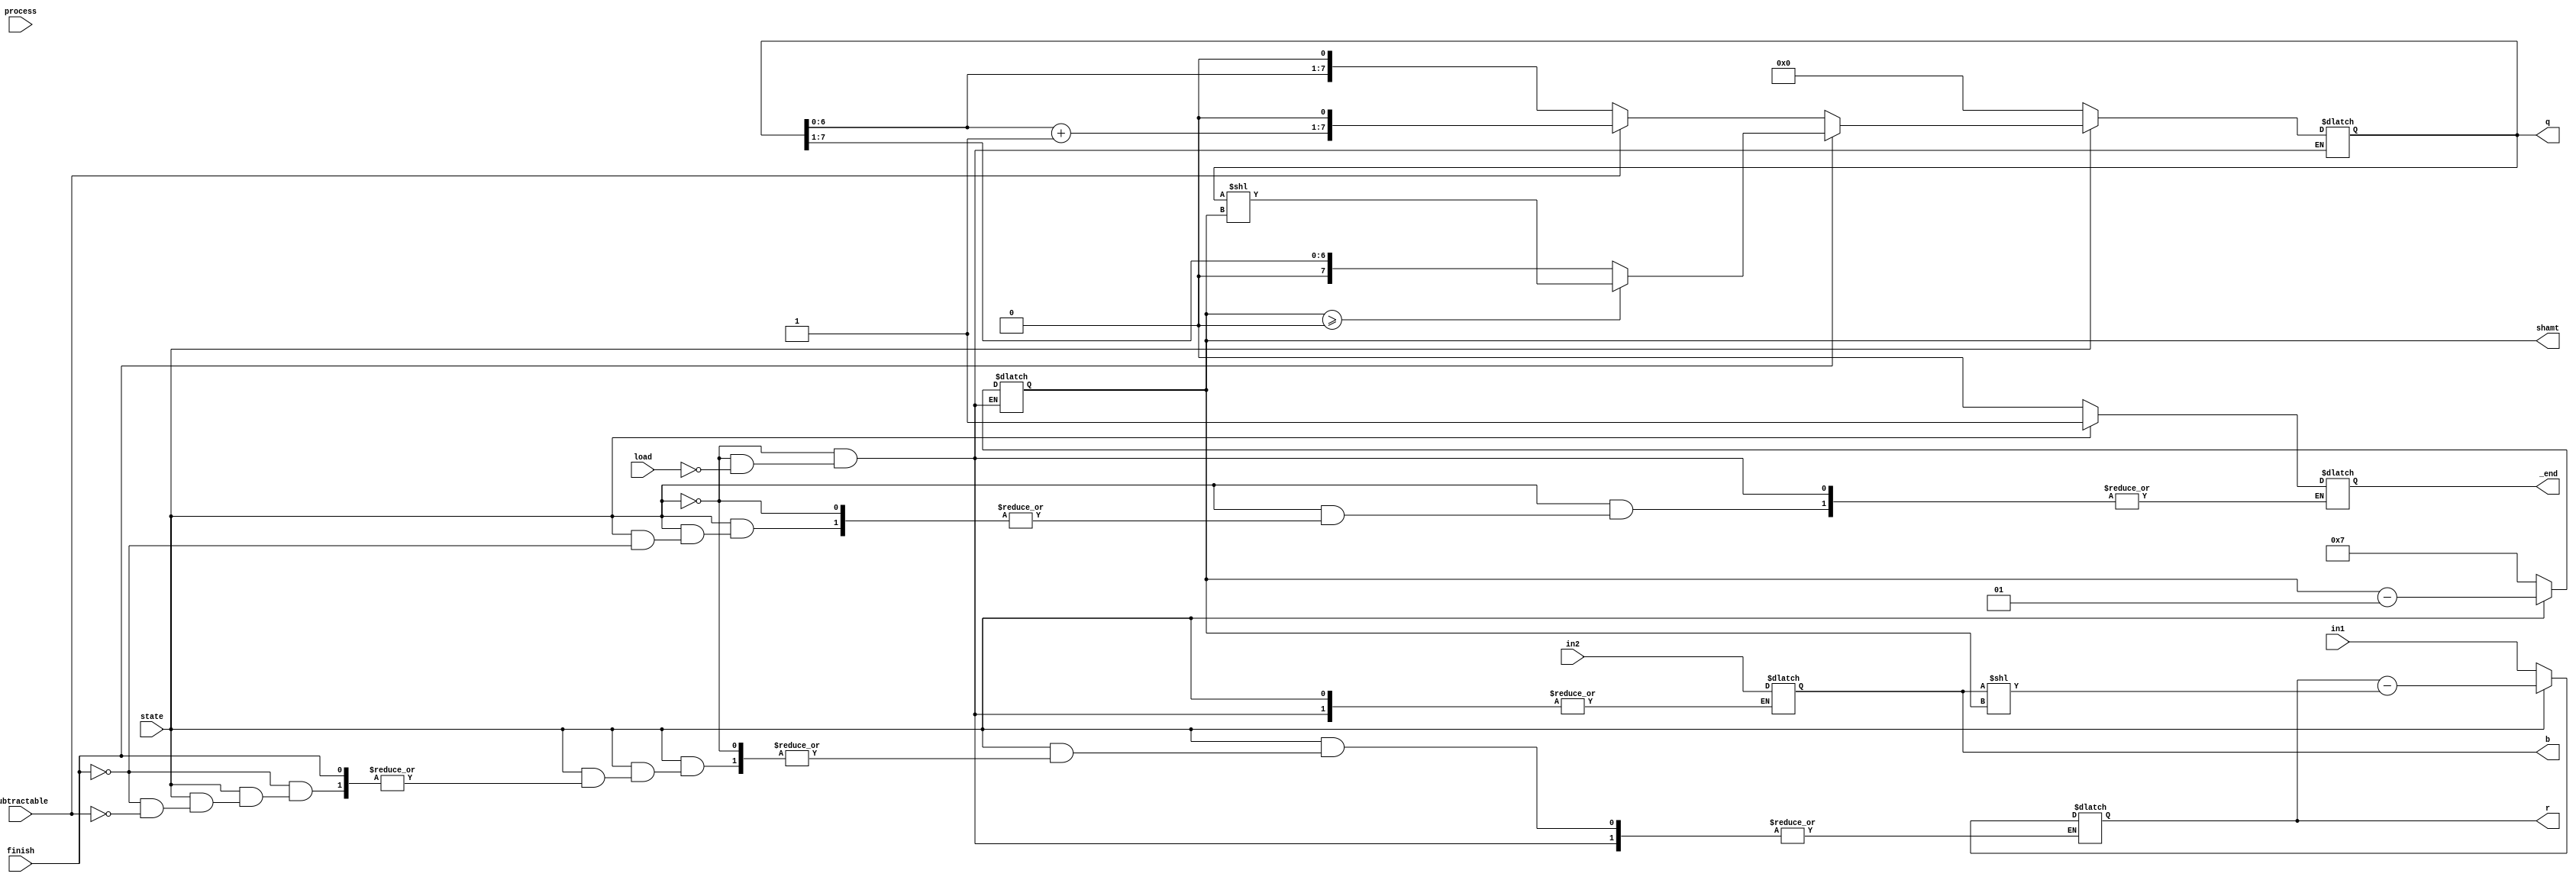
`define Init 1'b0
`define Process 1'b1

module dp (in1, in2, process, state, load, subtractable, finish, r, b, shamt, q, _end);

    // operands size
    parameter N = 8;

    input [N-1:0] in1;
    input [N-1:0] in2;
    input process;
    input state;
    input load;
    input subtractable;
    input finish;
    output reg [N-1:0] r;
    output reg [N-1:0] b;
    output reg signed [N-1:0] shamt;
    output reg [N-1:0] q;
    output reg _end;

    always @(process) begin
        if (state == `Init) begin
            if (load) begin
                r = in1;
                b = in2;
                shamt = N-1;
                q = 0;
                _end = 0;
            end
        end else if (state == `Process) begin
            if (finish) begin
                if (shamt >= 0) begin
                    q = q << shamt;
                end else begin 
                    // the lone remaining number is -1 so shift right one time
                    q = q >> 1;
                end
                _end = 1;
            end else if (subtractable) begin
                r = r - (b << shamt);
                q = q + 1;
                q = q << 1;
            end else if (!subtractable) begin
                q = q << 1;
            end
            shamt = shamt - 1;
        end
    end
endmodule